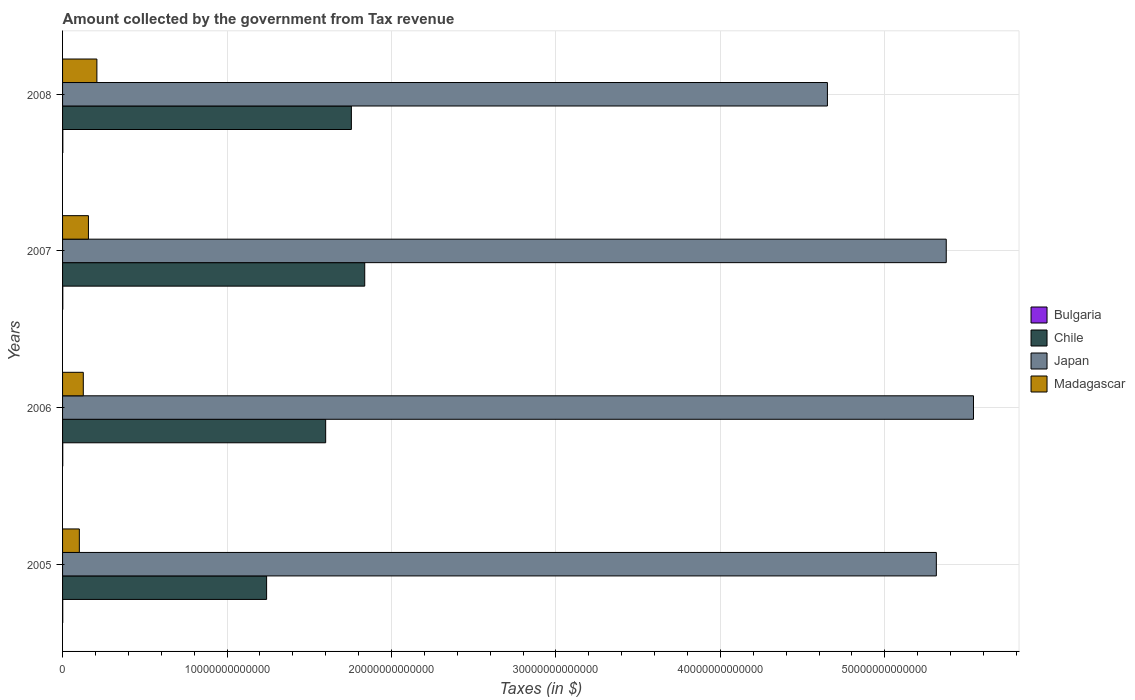
| Years | Bulgaria | Chile | Japan | Madagascar |
 | --- | --- | --- | --- | --- |
 | 2005 | 9.83e+09 | 1.24e+13 | 5.31e+13 | 1.02e+12 |
 | 2006 | 1.17e+10 | 1.6e+13 | 5.54e+13 | 1.26e+12 |
 | 2007 | 1.39e+10 | 1.84e+13 | 5.37e+13 | 1.57e+12 |
 | 2008 | 1.61e+10 | 1.76e+13 | 4.65e+13 | 2.09e+12 |